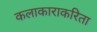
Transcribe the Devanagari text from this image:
कलाकाराकरिता